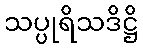
သပ္ပုရိသဒိဋ္ဌိ